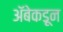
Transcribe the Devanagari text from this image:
अॅबेकडून